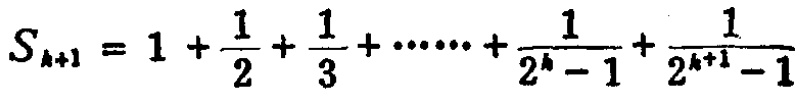
\(S_{k + 1}=1+\frac{1}{2}+\frac{1}{3}+\cdots\cdots+\frac{1}{2^{k}-1}+\frac{1}{2^{k + 1}-1}\)